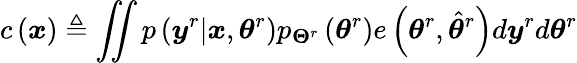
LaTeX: c\left(\boldsymbol{x}\right)\triangleq\iint p\left(\boldsymbol{y}^{r}|\boldsymbol{x},\boldsymbol{\theta}^{r}\right)p_{\mathbf{\Theta}^{r}}\left(\boldsymbol{\theta}^{r}\right)e\left(\boldsymbol{\theta}^{r},\hat{\boldsymbol{\theta}}^{r}\right)d\boldsymbol{y}^{r}d\boldsymbol{\theta}^{r}